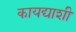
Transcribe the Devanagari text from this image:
कायद्याशी